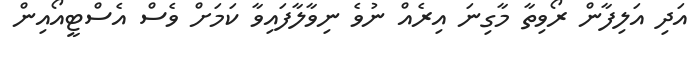
އަދި އަލިފާން ރޯވިތާ މާގިނަ އިރެއް ނުވެ ނިވާލާފައިވާ ކަމަށް ވެސް އެސްޓީއޯއިން